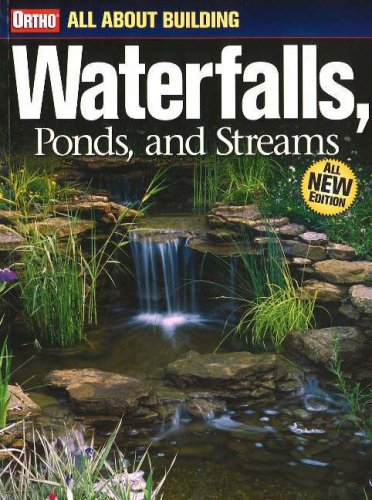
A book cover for All About Building Waterfalls, Ponds, and  Streams; Ortho; Crafts, Hobbies & Home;